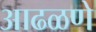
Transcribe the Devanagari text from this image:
आढळणे